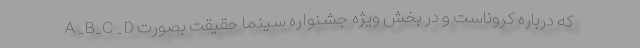
A _B_C _D که درباره کروناست و در بخش ویژه جشنواره سینما حقیقت بصورت